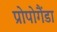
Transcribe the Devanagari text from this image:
प्रोपोगैंडा